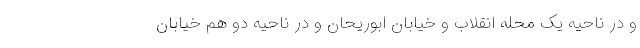
و در ناحیه یک محله انقلاب و خیابان ابوریحان و در ناحیه دو هم خیابان